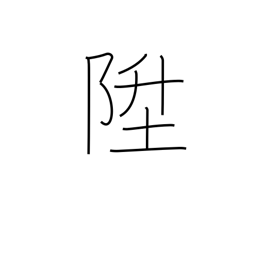
Meaning: go up